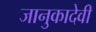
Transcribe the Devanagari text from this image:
जानुकादेवी